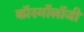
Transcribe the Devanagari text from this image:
कॉस्मॉलॉजी